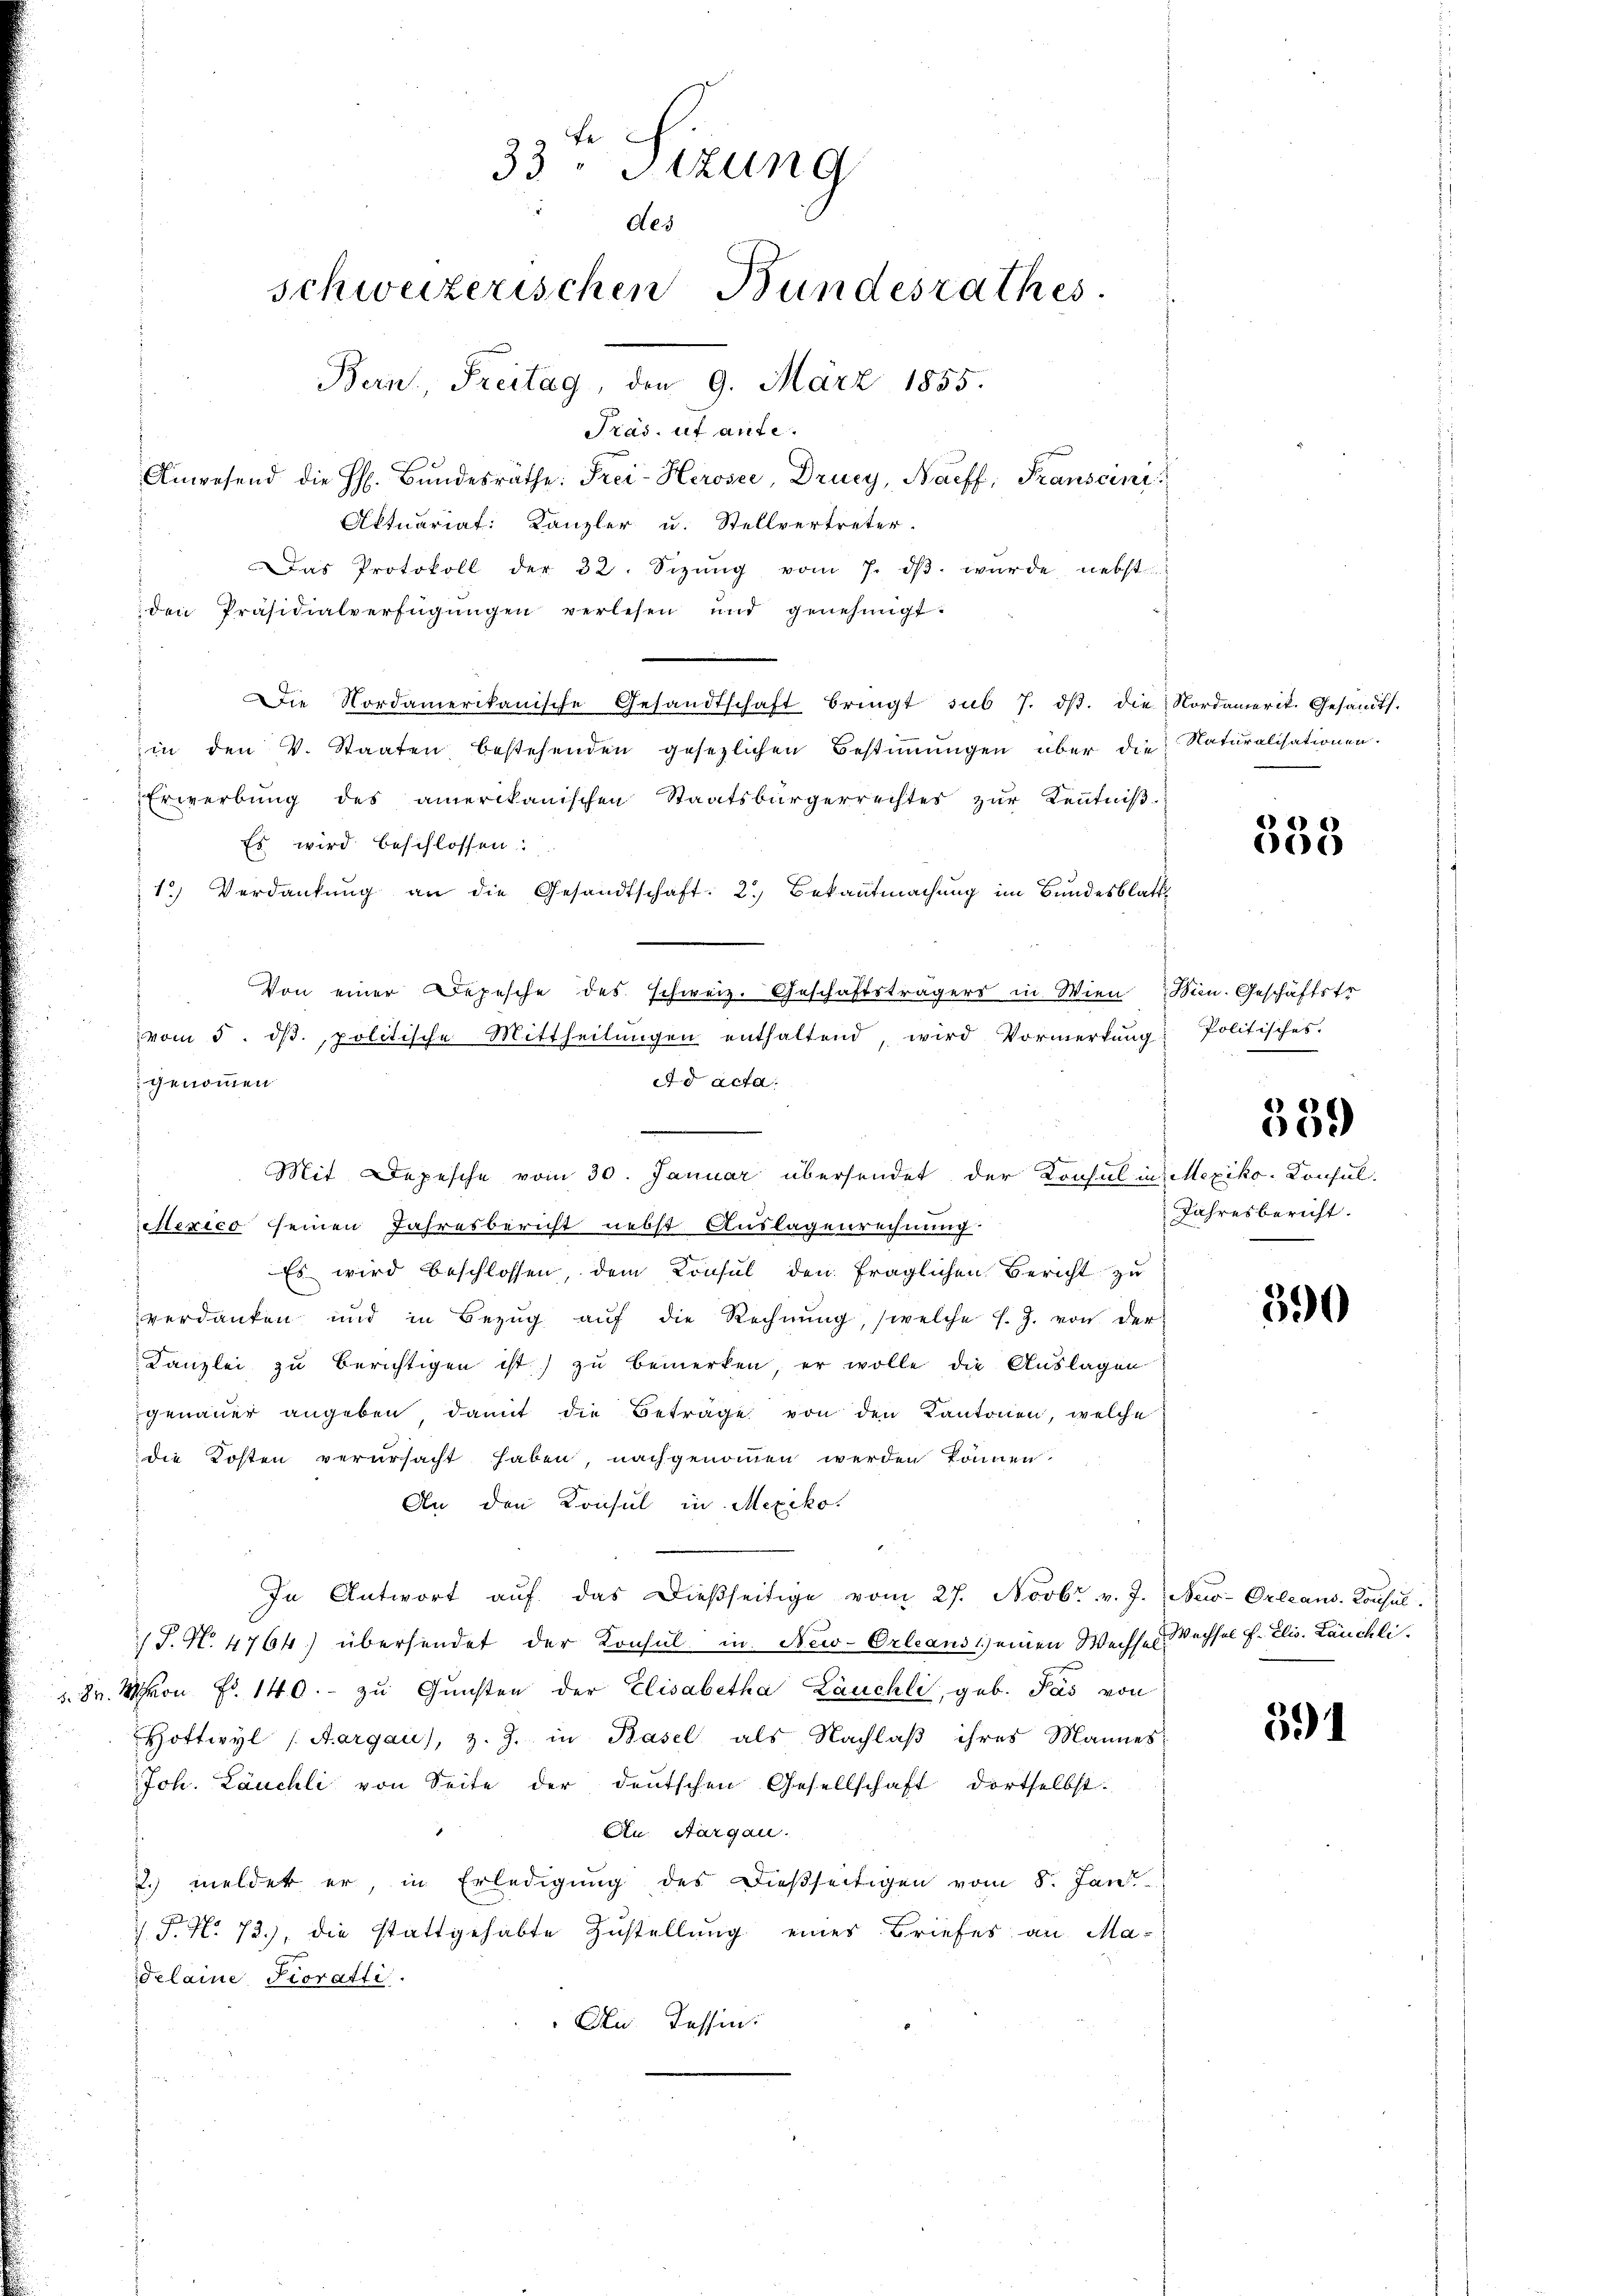
3.

Präs. ut aufe.
Anwesend die H. Bŭndesräthe: Frei-Herosee, Drucy, Naeff, Franscini
Aktuariat: Kanzler u. Stellvertreter
Das Protokoll der 32. Sizŭng vom 7. dβ. wurde nebst
den Präsidialverfügŭngen verlesen und genehmigt.
Die Nordamerikanische Gesandtschaft bringt, sub 7. dβ. die Nordamerit. Gesandts.
in den V. Staaten bestehenden gesezlichen Bestiṁŭngen über die
Erwerbŭng des amerikanischen Staatsbürgerrechtes zŭr Kenntniβ-
Es wird beschlossen:
1) Verdankŭng an die Gesandtschaft: 2.) Bekanntmachung im Bundesblatt
genommen
elexico seinen Jahresbericht nebst Auslagenrechnung.
Es wird beschlossen, dem Consul den fraglichen Bericht zu
verdanken und in Bezŭg aŭf die Rechnŭng, (welche f. J. von der
Kanzlei zu berichtigen ist) zu bemerken, er wolle die Auslagen
genauer angeben, damit die Beträge von den Kantonen, welche
die Kosten verursacht haben, nachgenommen werden können.
An den Konsul in Mexiko
In Antwort auf das dießseitige vom 27. Novbr. v. J. New-Orleans. Konsul
/J. N. 4764) übersendet der Konsul in New-Orleans 1) einen Wechses Wechsel f. Elis. Lauchli
8. Von Fr. 140. zu Gunsten der Elisabetha Läuchli, geb. Pas von
Hottwyl (Aargau), z. Z. in Basel als Nachlaß ihres Mannes-
Joh. Läuchli von Seite der deutschen Gesellschaft dortselbst.
An Aargau.
2. meldet er, in Erledigung des dießseitigen vom 8. Jan.
 P. N. 72.), die stattgehabte Zustellung eines Briefes an Maelaine Pioratti
An Tessin:

33. Sizung
des
schweizerischen Bundesrathes.
Bern. Freitag, den 9. März 1855.

Von einer Depesche des schweiz. Geschäftsträgers in Wien Min. Geschäftstr
vom 5. ds., politische Mittheilungen enthaltend, wird Vormerkung
Ad acta.

Mit Depesche vom 30. Januar übersendet der Konsul in Mexiko-Konsul-

Naturalisationen.

333

Politisches.

339

Jahresbericht.

590

391